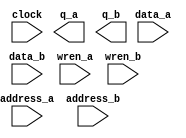
// megafunction wizard: %RAM: 2-PORT%VBB%
// GENERATION: STANDARD
// VERSION: WM1.0
// MODULE: altsyncram 

// ============================================================
// Megafunction Name(s):
// 			altsyncram
//
// Simulation Library Files(s):
// 			altera_mf
// ============================================================
// ************************************************************
// THIS IS A WIZARD-GENERATED FILE. DO NOT EDIT THIS FILE!
//
// 18.1.0 Build 625 09/12/2018 SJ Lite Edition
// ************************************************************

//Copyright (C) 2018  Intel Corporation. All rights reserved.
//Your use of Intel Corporation's design tools, logic functions 
//and other software and tools, and its AMPP partner logic 
//functions, and any output files from any of the foregoing 
//(including device programming or simulation files), and any 
//associated documentation or information are expressly subject 
//to the terms and conditions of the Intel Program License 
//Subscription Agreement, the Intel Quartus Prime License Agreement,
//the Intel FPGA IP License Agreement, or other applicable license
//agreement, including, without limitation, that your use is for
//the sole purpose of programming logic devices manufactured by
//Intel and sold by Intel or its authorized distributors.  Please
//refer to the applicable agreement for further details.

module spriterom16 (
	address_a,
	address_b,
	clock,
	data_a,
	data_b,
	wren_a,
	wren_b,
	q_a,
	q_b);

	input	[15:0]  address_a;
	input	[15:0]  address_b;
	input	  clock;
	input	[15:0]  data_a;
	input	[15:0]  data_b;
	input	  wren_a;
	input	  wren_b;
	output	[15:0]  q_a;
	output	[15:0]  q_b;
`ifndef ALTERA_RESERVED_QIS
// synopsys translate_off
`endif
	tri1	  clock;
	tri0	  wren_a;
	tri0	  wren_b;
`ifndef ALTERA_RESERVED_QIS
// synopsys translate_on
`endif

endmodule

// ============================================================
// CNX file retrieval info
// ============================================================
// Retrieval info: PRIVATE: ADDRESSSTALL_A NUMERIC "0"
// Retrieval info: PRIVATE: ADDRESSSTALL_B NUMERIC "0"
// Retrieval info: PRIVATE: BYTEENA_ACLR_A NUMERIC "0"
// Retrieval info: PRIVATE: BYTEENA_ACLR_B NUMERIC "0"
// Retrieval info: PRIVATE: BYTE_ENABLE_A NUMERIC "0"
// Retrieval info: PRIVATE: BYTE_ENABLE_B NUMERIC "0"
// Retrieval info: PRIVATE: BYTE_SIZE NUMERIC "8"
// Retrieval info: PRIVATE: BlankMemory NUMERIC "0"
// Retrieval info: PRIVATE: CLOCK_ENABLE_INPUT_A NUMERIC "0"
// Retrieval info: PRIVATE: CLOCK_ENABLE_INPUT_B NUMERIC "0"
// Retrieval info: PRIVATE: CLOCK_ENABLE_OUTPUT_A NUMERIC "0"
// Retrieval info: PRIVATE: CLOCK_ENABLE_OUTPUT_B NUMERIC "0"
// Retrieval info: PRIVATE: CLRdata NUMERIC "0"
// Retrieval info: PRIVATE: CLRq NUMERIC "0"
// Retrieval info: PRIVATE: CLRrdaddress NUMERIC "0"
// Retrieval info: PRIVATE: CLRrren NUMERIC "0"
// Retrieval info: PRIVATE: CLRwraddress NUMERIC "0"
// Retrieval info: PRIVATE: CLRwren NUMERIC "0"
// Retrieval info: PRIVATE: Clock NUMERIC "0"
// Retrieval info: PRIVATE: Clock_A NUMERIC "0"
// Retrieval info: PRIVATE: Clock_B NUMERIC "0"
// Retrieval info: PRIVATE: IMPLEMENT_IN_LES NUMERIC "0"
// Retrieval info: PRIVATE: INDATA_ACLR_B NUMERIC "0"
// Retrieval info: PRIVATE: INDATA_REG_B NUMERIC "1"
// Retrieval info: PRIVATE: INIT_FILE_LAYOUT STRING "PORT_A"
// Retrieval info: PRIVATE: INIT_TO_SIM_X NUMERIC "0"
// Retrieval info: PRIVATE: INTENDED_DEVICE_FAMILY STRING "MAX 10"
// Retrieval info: PRIVATE: JTAG_ENABLED NUMERIC "0"
// Retrieval info: PRIVATE: JTAG_ID STRING "NONE"
// Retrieval info: PRIVATE: MAXIMUM_DEPTH NUMERIC "0"
// Retrieval info: PRIVATE: MEMSIZE NUMERIC "1048576"
// Retrieval info: PRIVATE: MEM_IN_BITS NUMERIC "0"
// Retrieval info: PRIVATE: MIFfilename STRING "sprite16.mif"
// Retrieval info: PRIVATE: OPERATION_MODE NUMERIC "3"
// Retrieval info: PRIVATE: OUTDATA_ACLR_B NUMERIC "0"
// Retrieval info: PRIVATE: OUTDATA_REG_B NUMERIC "0"
// Retrieval info: PRIVATE: RAM_BLOCK_TYPE NUMERIC "0"
// Retrieval info: PRIVATE: READ_DURING_WRITE_MODE_MIXED_PORTS NUMERIC "2"
// Retrieval info: PRIVATE: READ_DURING_WRITE_MODE_PORT_A NUMERIC "3"
// Retrieval info: PRIVATE: READ_DURING_WRITE_MODE_PORT_B NUMERIC "3"
// Retrieval info: PRIVATE: REGdata NUMERIC "1"
// Retrieval info: PRIVATE: REGq NUMERIC "0"
// Retrieval info: PRIVATE: REGrdaddress NUMERIC "0"
// Retrieval info: PRIVATE: REGrren NUMERIC "0"
// Retrieval info: PRIVATE: REGwraddress NUMERIC "1"
// Retrieval info: PRIVATE: REGwren NUMERIC "1"
// Retrieval info: PRIVATE: SYNTH_WRAPPER_GEN_POSTFIX STRING "0"
// Retrieval info: PRIVATE: USE_DIFF_CLKEN NUMERIC "0"
// Retrieval info: PRIVATE: UseDPRAM NUMERIC "1"
// Retrieval info: PRIVATE: VarWidth NUMERIC "0"
// Retrieval info: PRIVATE: WIDTH_READ_A NUMERIC "16"
// Retrieval info: PRIVATE: WIDTH_READ_B NUMERIC "16"
// Retrieval info: PRIVATE: WIDTH_WRITE_A NUMERIC "16"
// Retrieval info: PRIVATE: WIDTH_WRITE_B NUMERIC "16"
// Retrieval info: PRIVATE: WRADDR_ACLR_B NUMERIC "0"
// Retrieval info: PRIVATE: WRADDR_REG_B NUMERIC "1"
// Retrieval info: PRIVATE: WRCTRL_ACLR_B NUMERIC "0"
// Retrieval info: PRIVATE: enable NUMERIC "0"
// Retrieval info: PRIVATE: rden NUMERIC "0"
// Retrieval info: LIBRARY: altera_mf altera_mf.altera_mf_components.all
// Retrieval info: CONSTANT: ADDRESS_REG_B STRING "CLOCK0"
// Retrieval info: CONSTANT: CLOCK_ENABLE_INPUT_A STRING "BYPASS"
// Retrieval info: CONSTANT: CLOCK_ENABLE_INPUT_B STRING "BYPASS"
// Retrieval info: CONSTANT: CLOCK_ENABLE_OUTPUT_A STRING "BYPASS"
// Retrieval info: CONSTANT: CLOCK_ENABLE_OUTPUT_B STRING "BYPASS"
// Retrieval info: CONSTANT: INDATA_REG_B STRING "CLOCK0"
// Retrieval info: CONSTANT: INIT_FILE STRING "sprite16.mif"
// Retrieval info: CONSTANT: INTENDED_DEVICE_FAMILY STRING "MAX 10"
// Retrieval info: CONSTANT: LPM_TYPE STRING "altsyncram"
// Retrieval info: CONSTANT: NUMWORDS_A NUMERIC "65536"
// Retrieval info: CONSTANT: NUMWORDS_B NUMERIC "65536"
// Retrieval info: CONSTANT: OPERATION_MODE STRING "BIDIR_DUAL_PORT"
// Retrieval info: CONSTANT: OUTDATA_ACLR_A STRING "NONE"
// Retrieval info: CONSTANT: OUTDATA_ACLR_B STRING "NONE"
// Retrieval info: CONSTANT: OUTDATA_REG_A STRING "UNREGISTERED"
// Retrieval info: CONSTANT: OUTDATA_REG_B STRING "UNREGISTERED"
// Retrieval info: CONSTANT: POWER_UP_UNINITIALIZED STRING "FALSE"
// Retrieval info: CONSTANT: READ_DURING_WRITE_MODE_MIXED_PORTS STRING "DONT_CARE"
// Retrieval info: CONSTANT: READ_DURING_WRITE_MODE_PORT_A STRING "NEW_DATA_NO_NBE_READ"
// Retrieval info: CONSTANT: READ_DURING_WRITE_MODE_PORT_B STRING "NEW_DATA_NO_NBE_READ"
// Retrieval info: CONSTANT: WIDTHAD_A NUMERIC "16"
// Retrieval info: CONSTANT: WIDTHAD_B NUMERIC "16"
// Retrieval info: CONSTANT: WIDTH_A NUMERIC "16"
// Retrieval info: CONSTANT: WIDTH_B NUMERIC "16"
// Retrieval info: CONSTANT: WIDTH_BYTEENA_A NUMERIC "1"
// Retrieval info: CONSTANT: WIDTH_BYTEENA_B NUMERIC "1"
// Retrieval info: CONSTANT: WRCONTROL_WRADDRESS_REG_B STRING "CLOCK0"
// Retrieval info: USED_PORT: address_a 0 0 16 0 INPUT NODEFVAL "address_a[15..0]"
// Retrieval info: USED_PORT: address_b 0 0 16 0 INPUT NODEFVAL "address_b[15..0]"
// Retrieval info: USED_PORT: clock 0 0 0 0 INPUT VCC "clock"
// Retrieval info: USED_PORT: data_a 0 0 16 0 INPUT NODEFVAL "data_a[15..0]"
// Retrieval info: USED_PORT: data_b 0 0 16 0 INPUT NODEFVAL "data_b[15..0]"
// Retrieval info: USED_PORT: q_a 0 0 16 0 OUTPUT NODEFVAL "q_a[15..0]"
// Retrieval info: USED_PORT: q_b 0 0 16 0 OUTPUT NODEFVAL "q_b[15..0]"
// Retrieval info: USED_PORT: wren_a 0 0 0 0 INPUT GND "wren_a"
// Retrieval info: USED_PORT: wren_b 0 0 0 0 INPUT GND "wren_b"
// Retrieval info: CONNECT: @address_a 0 0 16 0 address_a 0 0 16 0
// Retrieval info: CONNECT: @address_b 0 0 16 0 address_b 0 0 16 0
// Retrieval info: CONNECT: @clock0 0 0 0 0 clock 0 0 0 0
// Retrieval info: CONNECT: @data_a 0 0 16 0 data_a 0 0 16 0
// Retrieval info: CONNECT: @data_b 0 0 16 0 data_b 0 0 16 0
// Retrieval info: CONNECT: @wren_a 0 0 0 0 wren_a 0 0 0 0
// Retrieval info: CONNECT: @wren_b 0 0 0 0 wren_b 0 0 0 0
// Retrieval info: CONNECT: q_a 0 0 16 0 @q_a 0 0 16 0
// Retrieval info: CONNECT: q_b 0 0 16 0 @q_b 0 0 16 0
// Retrieval info: GEN_FILE: TYPE_NORMAL spriterom16.v TRUE
// Retrieval info: GEN_FILE: TYPE_NORMAL spriterom16.inc FALSE
// Retrieval info: GEN_FILE: TYPE_NORMAL spriterom16.cmp FALSE
// Retrieval info: GEN_FILE: TYPE_NORMAL spriterom16.bsf FALSE
// Retrieval info: GEN_FILE: TYPE_NORMAL spriterom16_inst.v FALSE
// Retrieval info: GEN_FILE: TYPE_NORMAL spriterom16_bb.v TRUE
// Retrieval info: LIB_FILE: altera_mf